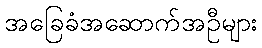
အခြေခံအဆောက်အဦများ